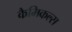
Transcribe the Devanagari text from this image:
कैमिकल्‍स